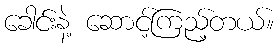
ခေါင်းနဲ့ ဆောင့်ကြည့်တယ်။